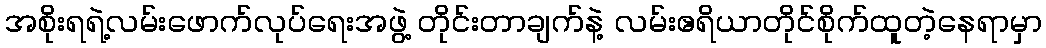
အစိုးရရဲ့လမ်းဖောက်လုပ်ရေးအဖွဲ့ တိုင်းတာချက်နဲ့ လမ်းဧရိယာတိုင်စိုက်ထူတဲ့နေရာမှာ